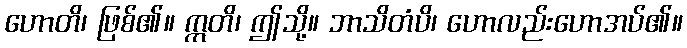
ဟောတိ၊ ဖြစ်၏။ ဣတိ၊ ဤသို့။ ဘာသိတံပိ၊ ဟောလည်းဟောအပ်၏။